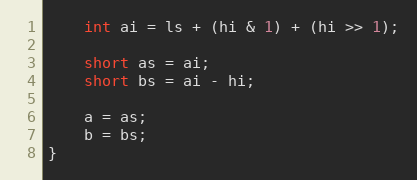
Language: C++
    int ai = ls + (hi & 1) + (hi >> 1);

    short as = ai;
    short bs = ai - hi;

    a = as;
    b = bs;
}